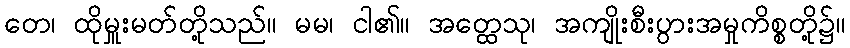
တေ၊ ထိုမှူးမတ်တို့သည်။ မမ၊ ငါ၏။ အတ္ထေသု၊ အကျိုးစီးပွားအမှုကိစ္စတို့၌။